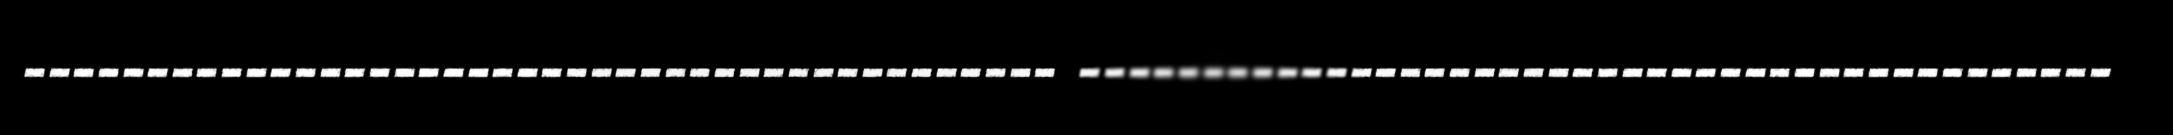
‐‐‐‐‐‐‐‐‐‐‐‐‐‐‐‐‐‐‐‐‐‐‐‐‐‐‐‐‐‐‐‐‐‐‐‐‐‐‐‐‐‐ ‐‐‐‐‐‐‐‐‐‐‐‐‐‐‐‐‐‐‐‐‐‐‐‐‐‐‐‐‐‐‐‐‐‐‐‐‐‐‐‐‐‐